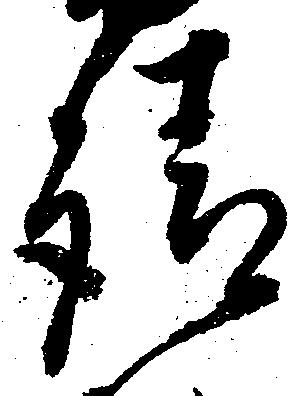
請